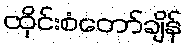
ထိုင်းစံတော်ချိန်